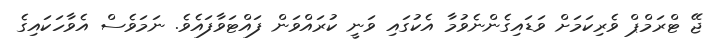
ޖޭ ޓްރަމްޕް ވެރިކަމަށް ވަޑައިގެންނެވުމާ އެކުގައި ވަނީ ކުރައްވަން ފައްޓަވާފައެވެ. ނަމަވެސް އެވާހަކައިގެ